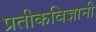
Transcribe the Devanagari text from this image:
प्रतीकविज्ञानी